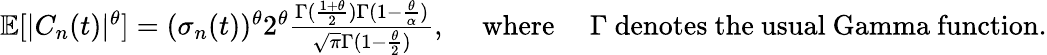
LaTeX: \begin{array}{r}{\mathbb{E}[|C_{n}(t)|^{\theta}]=(\sigma_{n}(t))^{\theta}2^{\theta}\frac{\Gamma(\frac{1+\theta}{2})\Gamma(1-\frac{\theta}{\alpha})}{\sqrt{\pi}\Gamma(1-\frac{\theta}{2})},\quad\mathrm{~where~}\quad\Gamma\mathrm{~denotes~the~usual~Gamma~function}.}\end{array}